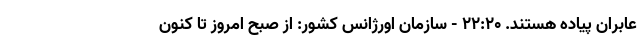
عابران پیاده هستند. 22:20 - سازمان اورژانس كشور: از صبح امروز تا كنون